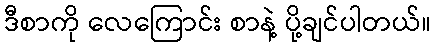
ဒီစာကို လေကြောင်း စာနဲ့ ပို့ချင်ပါတယ်။